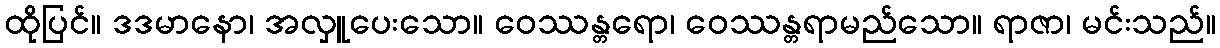
ထိုပြင်။ ဒဒမာနော၊ အလှူပေးသော။ ဝေဿန္တရော၊ ဝေဿန္တရာမည်သော။ ရာဇာ၊ မင်းသည်။